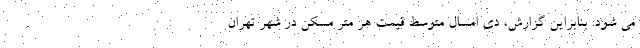
می شود. بنابراین گزارش، دی امسال متوسط قیمت هر متر مسکن در شهر تهران